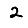
Digit: 2